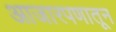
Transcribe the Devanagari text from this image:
आजारपणातून